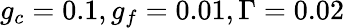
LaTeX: g_{c}=0.1,g_{f}=0.01,\Gamma=0.02